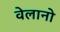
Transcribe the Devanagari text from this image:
वेलानो